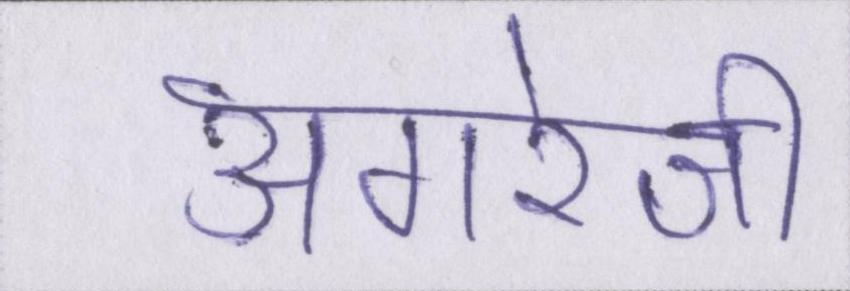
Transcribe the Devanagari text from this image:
अंगरेजी